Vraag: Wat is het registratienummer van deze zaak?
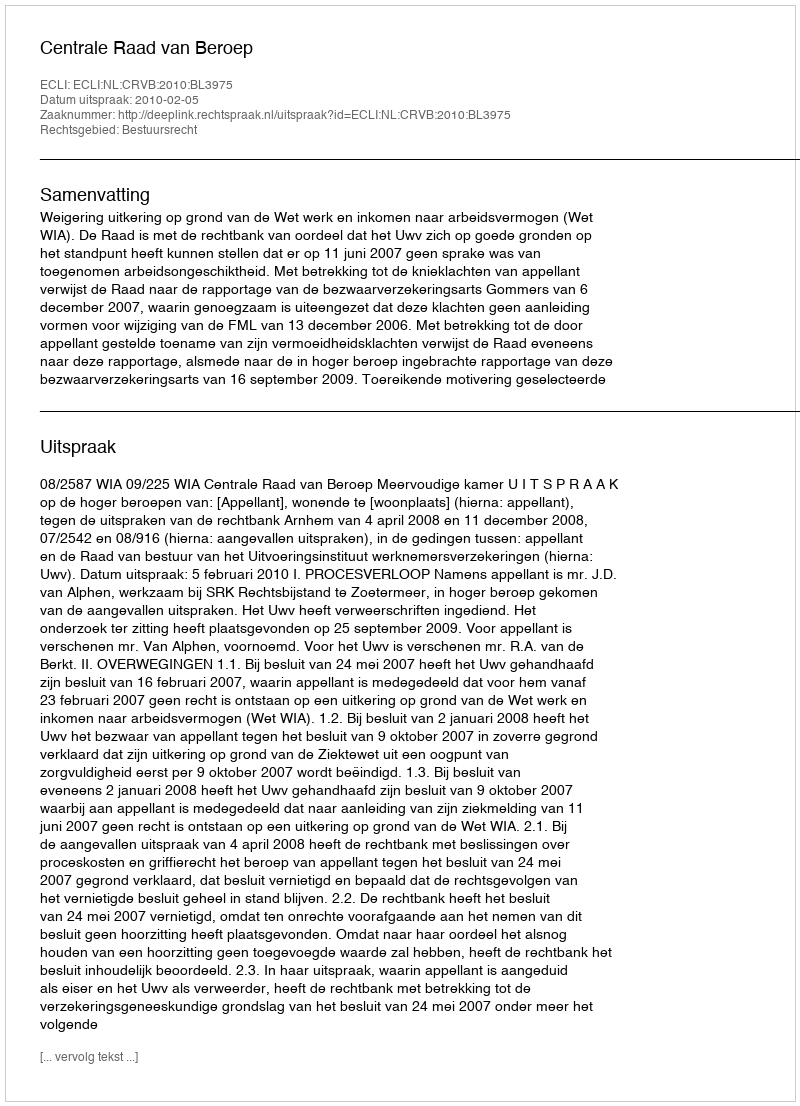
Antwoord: http://deeplink.rechtspraak.nl/uitspraak?id=ECLI:NL:CRVB:2010:BL3975